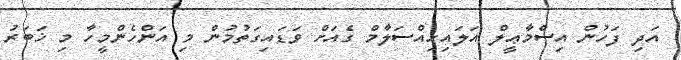
އަދި ފަހުން އިސްމާޢީލް އަލައިހިއްސަލާމް ގެއަށް ވަޑައިގަތުމުން މި އަންހެންމީހާ މި ޚަބަރު